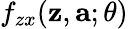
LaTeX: f_{zx}(\mathbf{z},\mathbf{a};\theta)